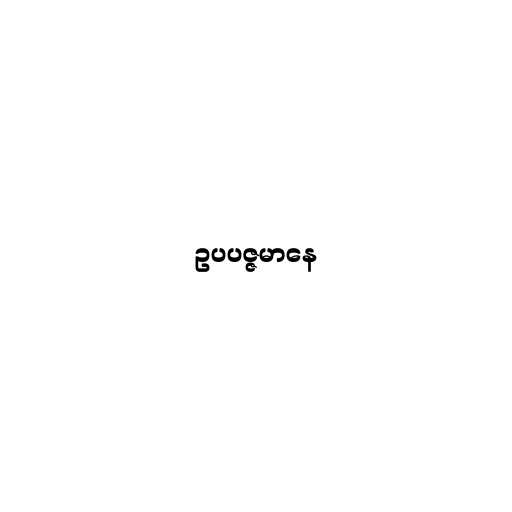
ဥပပဇ္ဇမာနေ